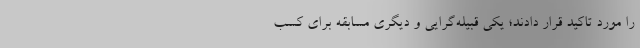
را مورد تاکید قرار دادند؛ یکی قبیله‌گرایی و دیگری مسابقه برای کسب